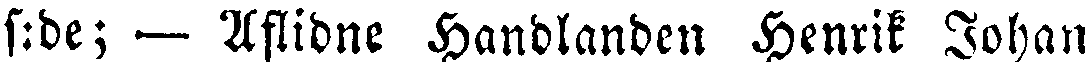
s:de; — Aflidne Handlanden Henrik Johan